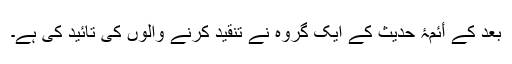
بعد کے أئمۂ حدیث کے ایک گروہ نے تنقید کرنے والوں کی تائید کی ہے۔